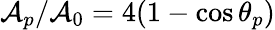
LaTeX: \mathcal{A}_{p}/\mathcal{A}_{0}=4(1-\cos\theta_{p})